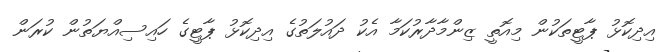
އިދިކޮޅު ޕާޓީތަކުން މިއޮތީ ޒިންމާދާރުކަމާ އެކު ދައުލަތުގެ އިދިކޮޅު ޕާޓީގެ ހައިސިއްޔަތުން ކުރަން